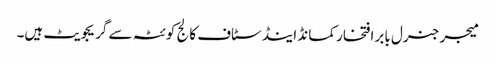
میجر جنرل بابر افتخار کمانڈ اینڈ سٹاف کالج کوئٹہ سے گریجویٹ ہیں۔